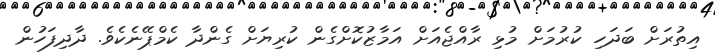
އިތުރަށް ބަދަހި ކުރުމަށް މުޅި ރާއްޖެއަށް އަމާޒުކޮށްގެން ކުރިޔަށް ގެންދާ ކެމްޕޭނެކެވެ. ދާދިފަހުން